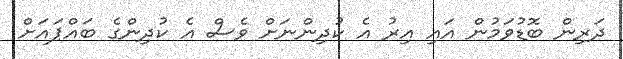
ދަރިން ބޮޑުވަމުން އައި އިރު އެ ކުދިންނަށް ވެސް އެ ކުދިންގެ ބައްޕައަށް